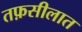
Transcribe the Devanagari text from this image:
तफ़सीलात